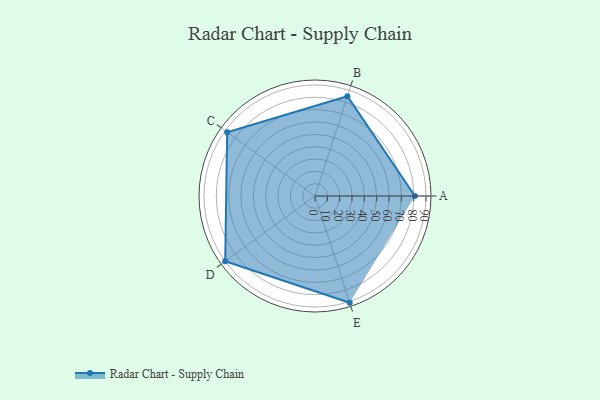
{"axis": {"x": "Skill", "y": "Score"}, "legend": ["Profile"], "data": [{"x": "A", "y": 81.0, "type": "Profile"}, {"x": "B", "y": 85.0, "type": "Profile"}, {"x": "C", "y": 88.0, "type": "Profile"}, {"x": "D", "y": 90.0, "type": "Profile"}, {"x": "E", "y": 91.0, "type": "Profile"}]}